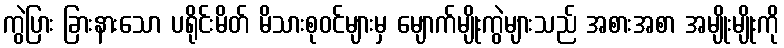
ကွဲပြား ခြားနားသော ပရိုင်းမိတ် မိသားစုဝင်များမှ မျောက်မျိုးကွဲများသည် အစားအစာ အမျိုးမျိုးကို